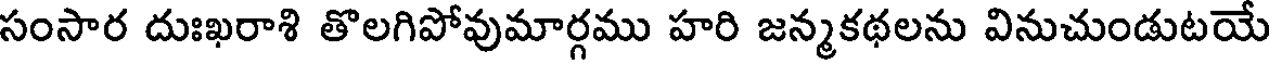
సంసార దుఃఖరాశి తొలగిపోవుమార్గము హరి జన్మకథలను వినుచుండుటయే